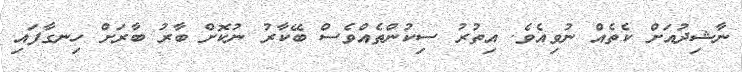
ނާޝިދުއަށް ކެތެއް ނުވިއެވެ. އިތުރު ސިކުންތެއްވެސް ބޭކާރު ނުކޮށް ބާރު ބާރަށް ހިނގާފައި